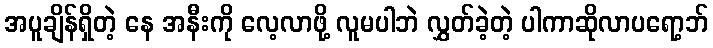
အပူချိန်ရှိတဲ့ နေ အနီးကို လေ့လာဖို့ လူမပါဘဲ လွှတ်ခဲ့တဲ့ ပါကာဆိုလာပရော့ဘ်